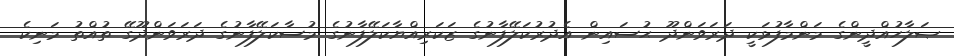
ޞަލާހުއްދީންގެ މަންމާފުޅަކީ ދަރަވަންދޫ ޙުސައިން އެދުރުކަލޭފާނުގެ ޒަކަރިއްޔާކަލޭފާނުގެ މުސާކަލޭފާނުގެ ދަރަވަންދޫގޭ ތުއްތު މަނިކެ